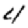
Digit: 4